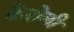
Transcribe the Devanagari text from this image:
कैरोली